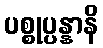
ပစ္စုပ္ပန္နာနိ